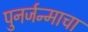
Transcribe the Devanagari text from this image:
पुनर्जन्माचा